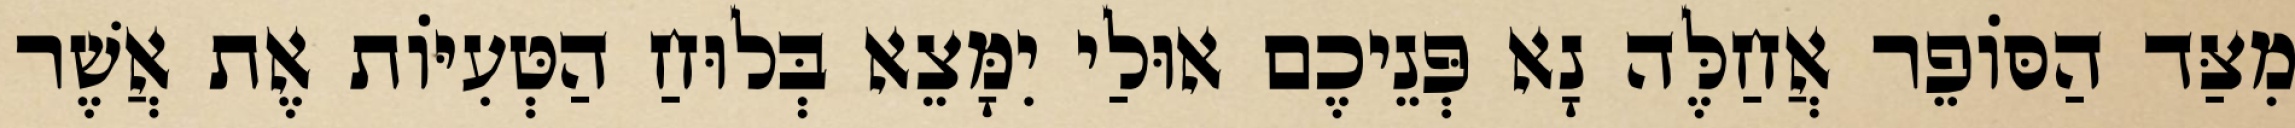
מִצַּד הַסּוֹפֵר אֲחַלֶּה נָא פְּנֵיכֶם אוּלַי יִמָּצֵא בְּלוּחַ הַטְּעִיּוֹת אֶת אֲשֶׁר